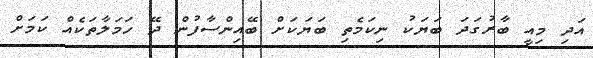
އަދި މިއީ ބާރުގަދަ ބަޔަކު ނިކަމެތި ބަޔަކަށް ބޭއިންސާފުން ދޭ ހަމަލާތަކެއް ކަމަށް